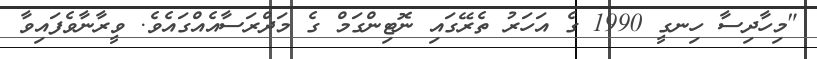
"މިހާދިސާ ހިނގީ 1990 ގެ އަހަރު ތެރޭގައި ނޮޓިންގަމް ގެ މަދްރަސާއެއްގައެވެ. ވީރާނާވެފައިވާ